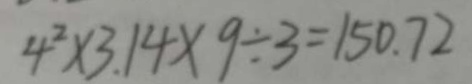
4 ^ { 2 } \times 3 . 1 4 \times 9 \div 3 = 1 5 0 . 7 2